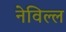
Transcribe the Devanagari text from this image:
नेविल्ल